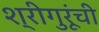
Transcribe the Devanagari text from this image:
श्रीगुरूंची